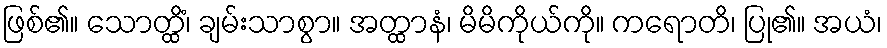
ဖြစ်၏။ သောတ္ထိံ၊ ချမ်းသာစွာ။ အတ္ထာနံ၊ မိမိကိုယ်ကို။ ကရောတိ၊ ပြု၏။ အယံ၊